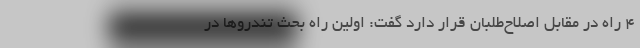
۴ راه در مقابل اصلاح‌طلبان قرار دارد گفت: اولین راه بحث تندروها در